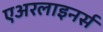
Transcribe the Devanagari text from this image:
एअरलाइनर्स